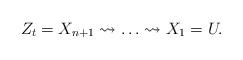
LaTeX: \begin{align*}Z_{t} = X_{n + 1} \leadsto \ldots \leadsto X_1 = U.\end{align*}